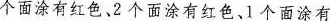
个面涂有红色、2个面涂有红色、1个面涂有